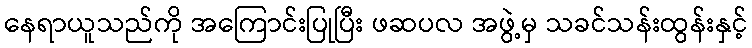
နေရာယူသည်ကို အကြောင်းပြုပြီး ဖဆပလ အဖွဲ့မှ သခင်သန်းထွန်းနှင့်